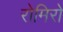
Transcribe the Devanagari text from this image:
रोमिरो